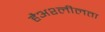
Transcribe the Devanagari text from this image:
हैअश्लीलता